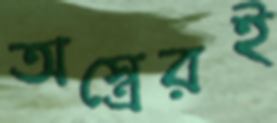
অস্ত্রেরই